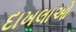
દાખલાઓ